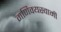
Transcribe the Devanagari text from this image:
मणिक्यस्वामी